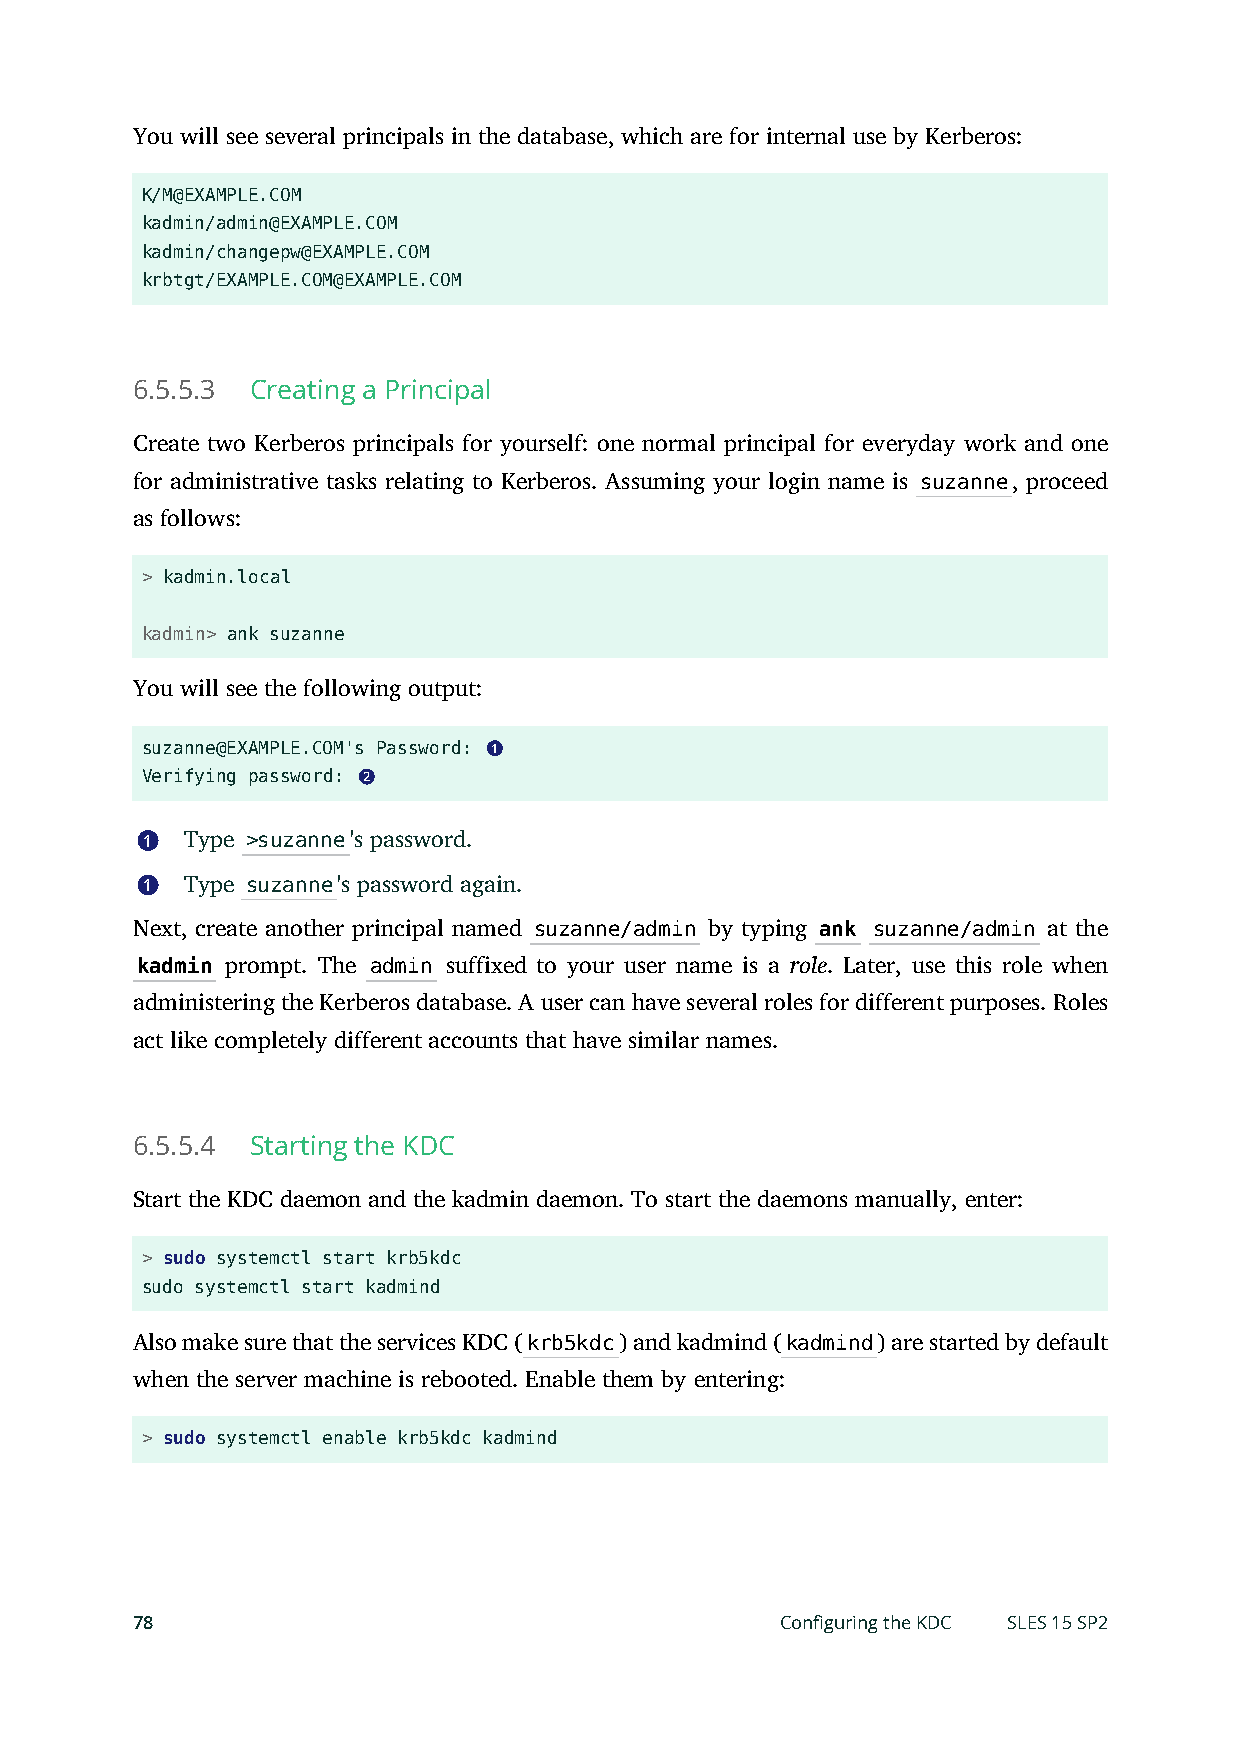
You will see several principals in the database, which are for internal use by Kerberos:
 K/M@EXAMPLE.COM
 kadmin/admin@EXAMPLE.COM
 kadmin/changepw@EXAMPLE.COM
 krbtgt/EXAMPLE.COM@EXAMPLE.COM
 6.5.5.3 Creating a Principal
 Create two Kerberos principals for yourself: one normal principal for everyday work and one
 for administrative tasks relating to Kerberos. Assuming your login name is suzanne, proceed
 as follows:
 > kadmin.local
 kadmin> ank suzanne
 You will see the following output:
 suzanne@EXAMPLE.COM's Password: 1
 Verifying password: 2
 1  Type >suzanne's password.
 1  Type suzanne's password again.
 Next, create another principal named suzanne/admin by typing ank suzanne/admin at the
 kadmin prompt. The admin suffixed to your user name is a role. Later, use this role when
 administering the Kerberos database. A user can have several roles for different purposes. Roles
 act like completely different accounts that have similar names.
 6.5.5.4 Starting the KDC
 Start the KDC daemon and the kadmin daemon. To start the daemons manually, enter:
 > sudo systemctl start krb5kdc
 sudo systemctl start kadmind
 Also make sure that the services KDC (krb5kdc) and kadmind (kadmind) are started by default
 when the server machine is rebooted. Enable them by entering:
 > sudo systemctl enable krb5kdc kadmind
 78                                         Configuring the KDC SLES 15 SP2